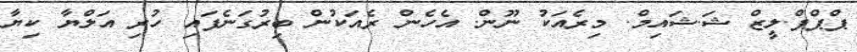
ޕްޕްޕް.ލީޒް ޝަ.ޝައިމް. މިރެއަކު ނޫން. އެހެން ރެއަކުން ބިރުގަނެފައި ހުރި އަލްޔާ ކިޔާ